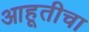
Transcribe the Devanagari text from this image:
आहूतीचा